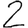
Digit: 2